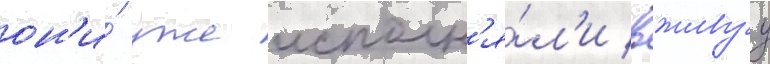
он'и́ уже исполн'я́л'и вживуу